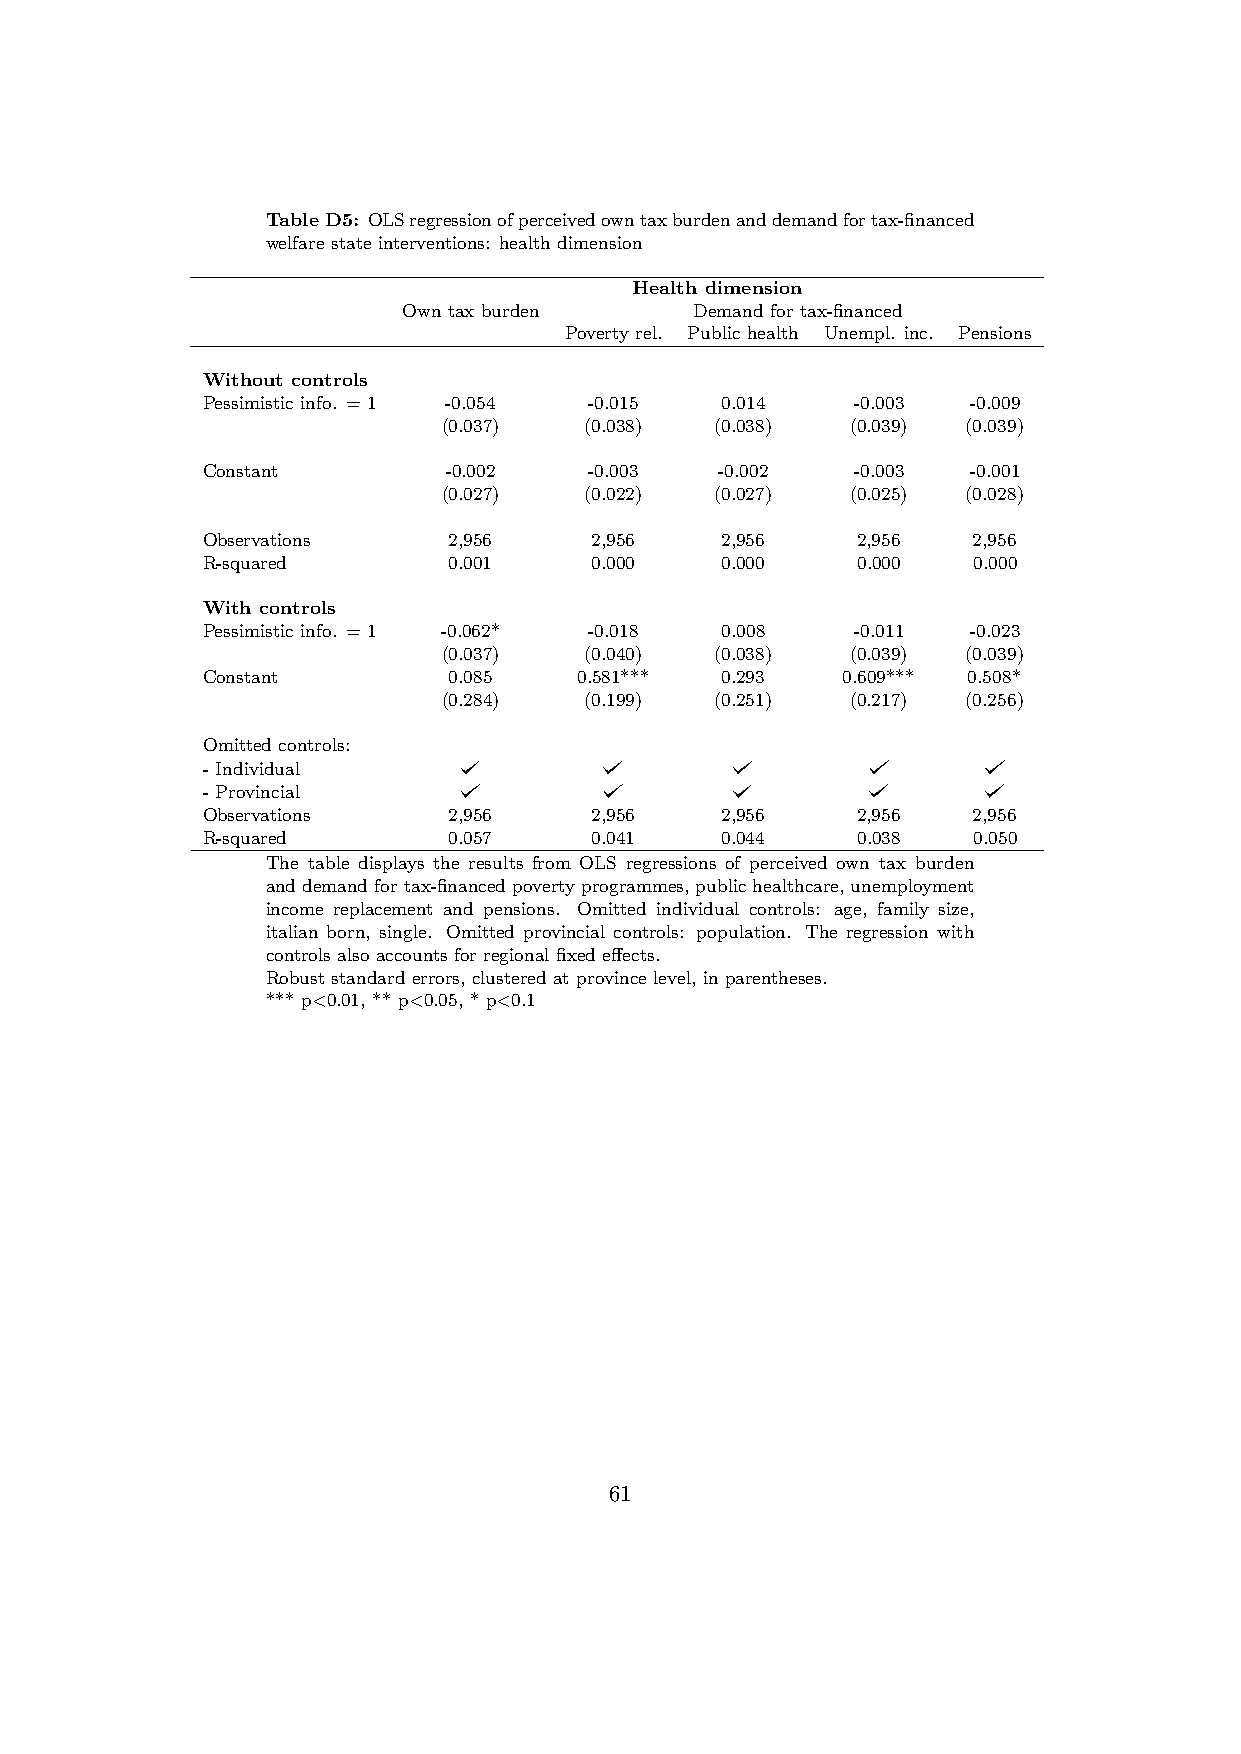
TableD5: OLSregressionofperceivedowntaxburdenanddemandfortax-financed
 welfare state interventions: health dimension
 Health dimension
 Own tax burden     Demand for tax-financed
 Poverty rel. Public health Unempl. inc. Pensions
 Without controls
 Pessimistic info. = 1 -0.054 -0.015 0.014   -0.003 -0.009
 (0.037)   (0.038) (0.038)  (0.039) (0.039)
 Constant         -0.002   -0.003   -0.002   -0.003 -0.001
 (0.027)   (0.022) (0.027)  (0.025) (0.028)
 Observations     2,956    2,956    2,956    2,956  2,956
 R-squared        0.001    0.000    0.000    0.000  0.000
 With controls
 Pessimistic info. = 1 -0.062* -0.018 0.008  -0.011 -0.023
 (0.037)   (0.040) (0.038)  (0.039) (0.039)
 Constant         0.085   0.581***  0.293   0.609*** 0.508*
 (0.284)   (0.199) (0.251)  (0.217) (0.256)
 Omitted controls:
 - Individual
 - Provincial
 Observations     2,956    2,956    2,956    2,956  2,956
 R-squared        0.057    0.041    0.044    0.038  0.050
 The table displays the results from OLS regressions of perceived own tax burden
 anddemandfortax-financedpovertyprogrammes,publichealthcare,unemployment
 income replacement and pensions. Omitted individual controls: age, family size,
 italian born, single. Omitted provincial controls: population. The regression with
 controls also accounts for regional fixed effects.
 Robust standard errors, clustered at province level, in parentheses.
 *** p<0.01, ** p<0.05, * p<0.1
 61